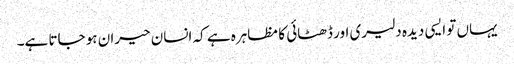
یہاں تو ایسی دیدہ دلیری اور ڈھٹائی کا مظاہرہ ہے کہ انسان حیران ہو جاتا ہے۔